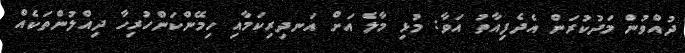
ދުއްވުން މަދުކުރަން އެދެފިއާތު އަވާ: މުޅި މާލެ އަށް އަނދިރިކަމާއި ހިމޭންކަންހުރިހާ ދިއްލުންތަކެއް